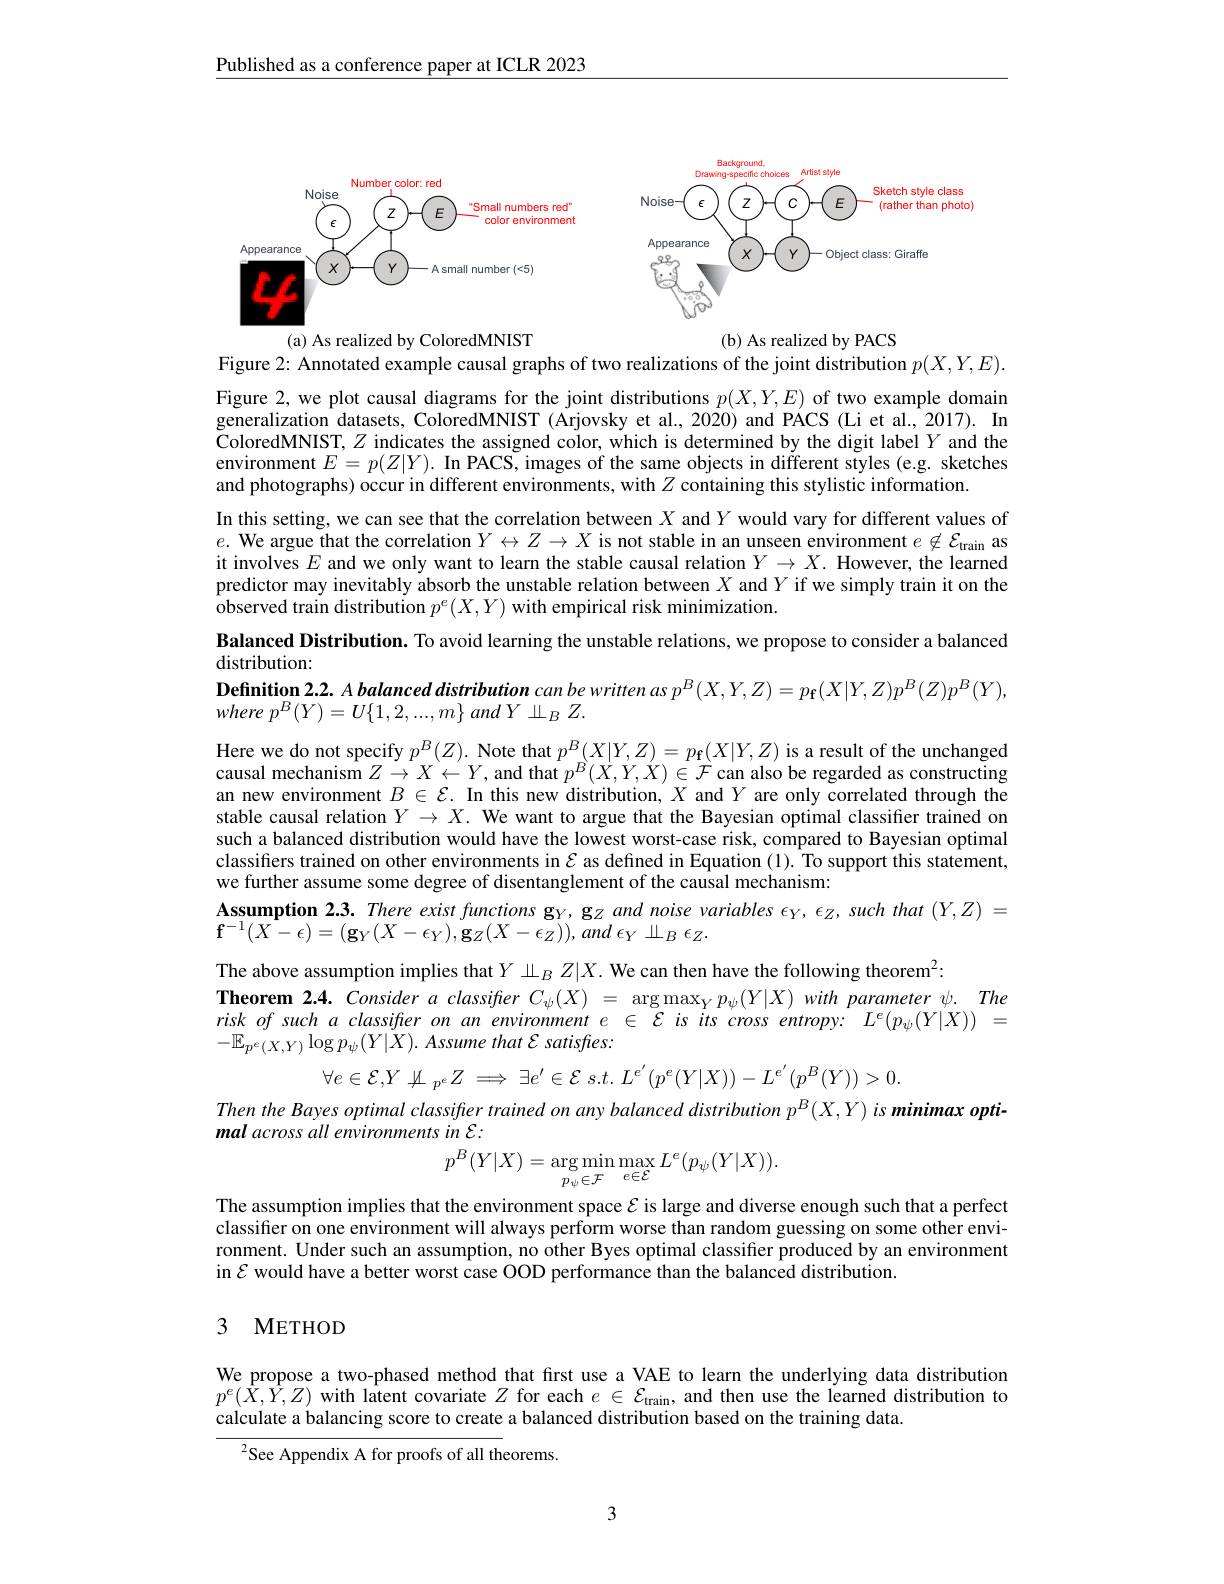
Published as a conference paper at ICLR 2023

<FigureHere>
(a) As realized by ColoredMNIST
(b) As realized by PACS

Figure 2: Annotated example causal graphs of two realizations of the joint distribution $p(X,Y,E).$

Figure 2, we plot causal diagrams for the joint distributions $p(X,Y,E)$ of two example domain generalization datasets, ColoredMNIST (Arjovsky et al., 2020) and PACS (Li et al., 2017). In ColoredMNIST, $Z$ indicates the assigned color, which is determined by the digit label $Y$ and the environment $E=p(Z|Y).$ In PACS, images of the same objects in different styles (e.g. sketches and photographs) occur in different environments, with $Z$ containing this stylistic information.
In this setting, we can see that the correlation between $X$ and $Y$ would vary for different values of $e.$ We argue that the correlation $Y\leftrightarrow Z\to X$ is not stable in an unseen environment $e\not\in\mathcal{E}_\text{train}$ as it involves $E$ and we only want to learn the stable causal relation $Y\to X.$ However, the learned predictor may inevitably absorb the unstable relation between $X$ and $Y$ if we simply train it on the $\dot{\text{observed train distribution }}p^{e}(X,Y)$ with empirical risk minimization.
Balanced Distribution. To avoid learning the unstable relations, we propose to consider a balanced
distribution:
Definition $2. 2. A\textit{balanced distribution can be written as }p^B( X, Y, Z) = p_\mathbf{f} ( X| Y, Z) p^B( Z) p^B( Y) $,
where $p^{B}( Y) = U\{ 1, 2, . . . , m\}$ and $Y$ $\sqcup _{B}$ $Z.$
Here we do not specify $p^B(Z).$ Note that $p^B(X|Y,Z)=p_{\mathbf{f}}(X|Y,Z)$ is a result of the unchanged causal mechanism $Z\to X\leftarrow Y$, and that $p^{\hat{B}}(X,Y,X)\in\mathcal{F}$ can also be regarded as constructing an new environment $B\in\mathcal{E}.$ In this new distribution, $X$ and $Y$ are only correlated through the stable causal relation $Y\to X.$ We want to argue that the Bayesian optimal classifier trained on such a balanced distribution would have the lowest worst-case risk, compared to Bayesian optimal classifiers trained on other environments in $\mathcal{E}$ as defined in Equation (1). To support this statement, we further assume some degree of disentanglement of the causal mechanism:
Assumption 2.3. There exist functions gy, gz and noise variables $\epsilon_Y,\epsilon_Z$, such that $(Y,Z)=$
$\mathbf{f} ^{- 1}( X- \epsilon ) = ( \mathbf{g} _{Y}( X- \epsilon _{Y}) , \mathbf{g} _{Z}( X- \epsilon _{Z}) ) , and$ $\epsilon _{Y}\perp _{B}$ $\epsilon _{Z}.$
The above assumption implies that $Y\amalg_BZ|X.$ We can then have the following theorem$^{2}$:
Theorem $2. 4. \textit{Consideraclassifier }C_\psi ( X) = \underset {\rightarrow }{\operatorname* { \operatorname* { \operatorname* { \arg \max } } } }_Yp_\psi ( Y| X) \textit{with parameter }\psi . \textit{The}$ $riskofsuchaclassifieronanenvironmente\in\mathcal{E}isitscrossentropy:L^e(p_\psi(Y|X))=$ $-\mathbb{E}_{p^{e}(X,Y)}\log p_{\psi}(Y|X).$ Assume that $\mathcal{E}$ satisfres:
$$\forall e\in\mathcal{E},Y\not\perp_{p^e}Z\implies\exists e'\in\mathcal{E}\:s.t.\:L^{e'}(p^e(Y|X))-L^{e'}(p^B(Y))>0.$$
Then the Bayes optimal classifier trained on any balanced distribution p$^B(X,Y)$ is minimax opti-
mal across all environments in E:
$$p^{B}(Y|X)=\arg\min_{p_{\psi}\in\mathcal{F}}\max_{e\in\mathcal{E}}L^{e}(p_{\psi}(Y|X)).$$
The assumption implies that the environment space $\mathcal{E}$ is large and diverse enough such that a perfect classifier on one environment will always perform worse than random guessing on some other environment. Under such an assumption, no other Byes optimal classifier produced by an environment in $\mathcal{E}$ would have a better worst case OOD performance than the balanced distribution.

### 3 METHOD

We propose a two-phased method that first use a VAE to learn the underlying data distribution $p^{e}(\hat{X},\hat{Y},Z)$ with latent covariate $Z$ for each $e\in\mathcal{E}_\text{train}$, and then use the learned distribution to calculate a balancing score to create a balanced distribution based on the training data.

$^{2}$See Appendix A for proofs of all theorems.

3